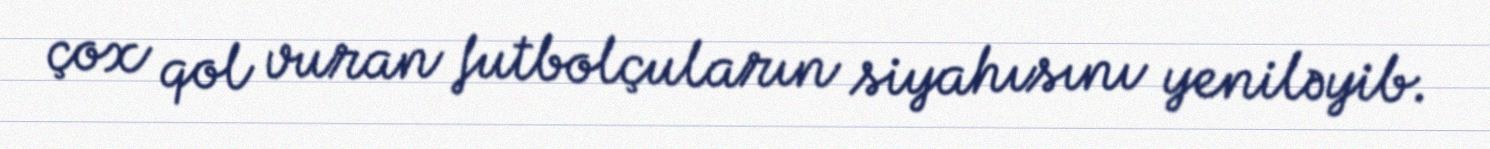
çox qol vuran futbolçuların siyahısını yeniləyib.